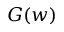
G ( w )